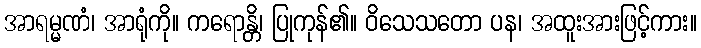
အာရမ္မဏံ၊ အာရုံကို။ ကရောန္တိ၊ ပြုကုန်၏။ ဝိသေသတော ပန၊ အထူးအားဖြင့်ကား။